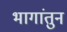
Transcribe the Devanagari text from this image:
भागांतुन